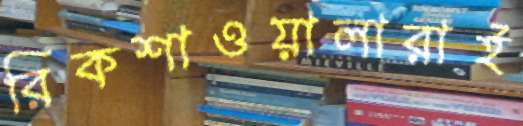
রিকশাওয়ালারাই